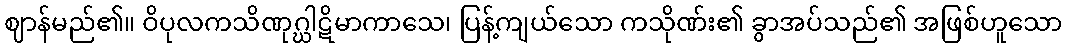
ဈာန်မည်၏။ ဝိပုလကသိဏုဂ္ဃါဋိမာကာသေ၊ ပြန့်ကျယ်သော ကသိုဏ်း၏ ခွာအပ်သည်၏ အဖြစ်ဟူသော